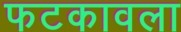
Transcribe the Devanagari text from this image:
फटकावला